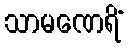
သာမဏေရိံ